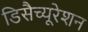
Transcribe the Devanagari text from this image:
डिसैच्यूरेशन